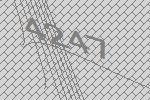
4247